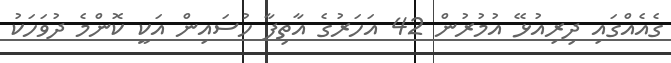
ގެއެއްގައި ދިރިއުޅޭ އުމުރުން 42 އަހަރުގެ އާތިފާ ހުސައިން އަކީ ކޮންމެ ދުވަހަކު